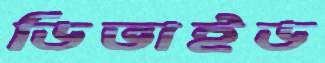
ডিভাইড